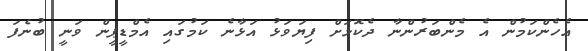
އެހެންކަމުން އެ މެންބަރުންނާ ދެކޮޅަށް ފިޔަވަޅު އަޅާނެ ކަމުގައި އެމްޑީޕީން ވަނީ ބުނެފަ